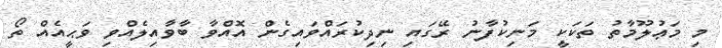
މި މަޢުލޫމާތު ތަކަކީ މަނިކުފާނު ރޭގައި ނިދިކުރައްވައިގެން އޮއްވާ ބާވާއިލެއްވި ވަޙީއެއް ތޯ